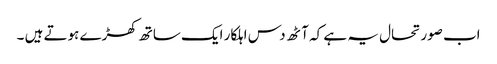
اب صورتحال یہ ہے کہ آٹھ دس اہلکار ایک ساتھ کھڑے ہوتے ہیں ۔